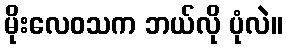
မိုးလေဝသက ဘယ်လို ပုံလဲ။